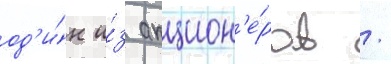
од'и́н и́з акцион'е́ров /